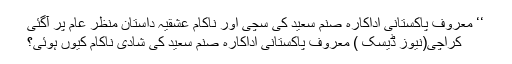
‘‘ معروف پاکستانی اداکارہ صنم سعید کی سچی اور ناکام عشقیہ داستان منظر عام پر آگئی
کراچی(نیوز ڈیسک ) معروف پاکستانی اداکارہ صنم سعید کی شادی ناکام کیوں ہوئی؟